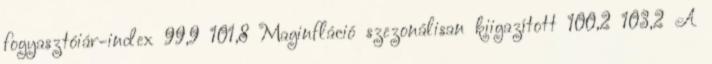
fogyasztóiár-index 99,9 101,8 Maginfláció szezonálisan kiigazított 100,2 103,2 A